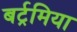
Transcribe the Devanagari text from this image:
बर्ट्रमिया